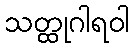
သတ္ထုဂါရဝါ